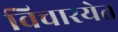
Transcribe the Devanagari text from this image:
विचारयेत